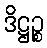
ဒိဋ္ဌဉ္စ